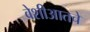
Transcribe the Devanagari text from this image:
वेशीआतचे